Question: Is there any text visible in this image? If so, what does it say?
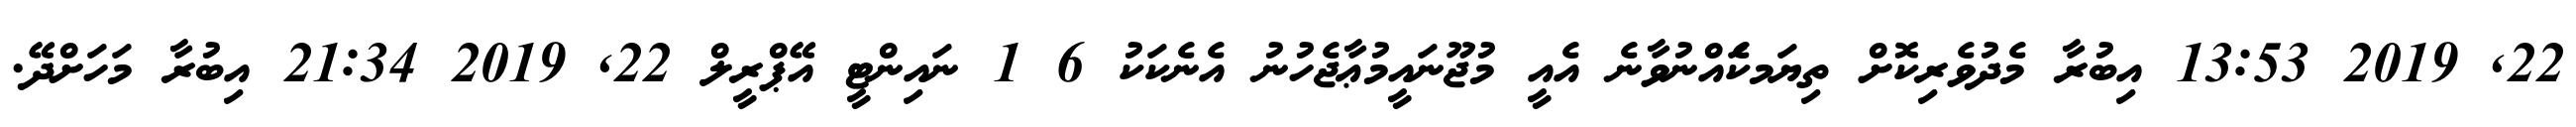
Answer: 22, 2019 13:53 އިބުރާ މެދުވެރިކޮށް ތިޔަމކަެއްނުވާނެ އެއީ މުޖޫނައީމުޢާޖެހުނު އެނެކަކު 6 1 ނައިންޓީ އޭޕްރީލް 22, 2019 21:34 އިބުރާ މަހަށްދޭ.